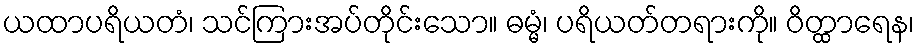
ယထာပရိယတံ၊ သင်ကြားအပ်တိုင်းသော။ ဓမ္မံ၊ ပရိယတ်တရားကို။ ဝိတ္ထာရေန၊